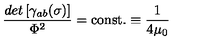
{ \frac { d e t \left[ \gamma _ { a b } ( \sigma ) \right] } { \Phi ^ { 2 } } } = \mathrm { c o n s t . } \equiv { \frac { 1 } { 4 \mu _ { 0 } } }